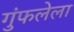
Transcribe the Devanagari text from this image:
गुंफलेला